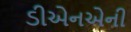
ડીએનએની